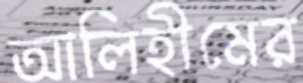
আলিহীমের